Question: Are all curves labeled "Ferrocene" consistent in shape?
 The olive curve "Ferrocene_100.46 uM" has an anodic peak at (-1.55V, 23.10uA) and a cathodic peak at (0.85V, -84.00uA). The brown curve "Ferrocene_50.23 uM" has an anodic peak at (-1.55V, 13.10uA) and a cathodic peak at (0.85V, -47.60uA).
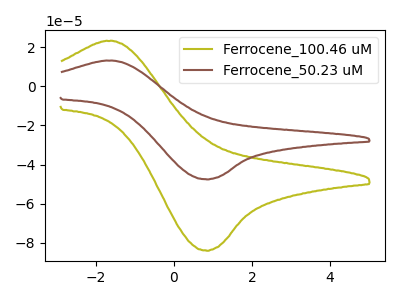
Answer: <think>All the peaks in "Ferrocene_100.46 uM" have a peak in "Ferrocene_50.23 uM" at the same potential. Every peak in "Ferrocene_100.46 uM" is higher than every peak in "Ferrocene_50.23 uM".
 </think>
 <answer>All the CV's of "Ferrocene" have similar shape.</answer>
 <eval>follow_rule</eval>